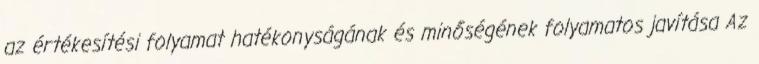
az értékesítési folyamat hatékonyságának és minőségének folyamatos javítása Az